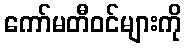
ကော်မတီဝင်များကို